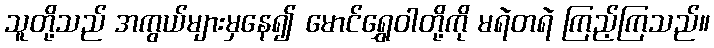
သူတို့သည် အကွယ်များမှနေ၍ မောင်ရွှေဝါတို့ကို မရဲတရဲ ကြည့်ကြသည်။